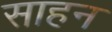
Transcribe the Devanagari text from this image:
साहन